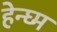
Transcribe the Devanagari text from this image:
हेन्घ्म